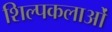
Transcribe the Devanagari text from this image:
शिल्पकलाओं